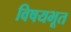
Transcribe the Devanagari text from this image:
विषयभूत